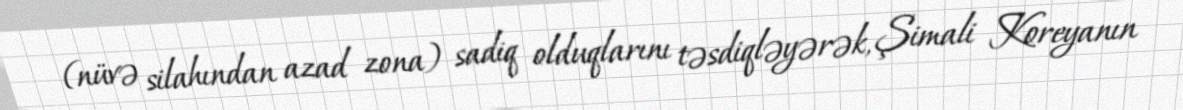
(nüvə silahından azad zona) sadiq olduqlarını təsdiqləyərək, Şimali Koreyanın